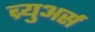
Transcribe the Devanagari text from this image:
ब्र्युअर्स